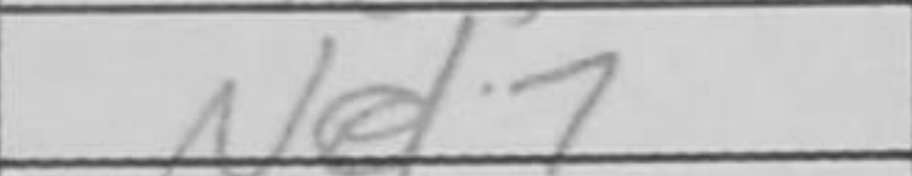
Transcription: Nd7